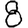
Digit: 8